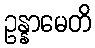
ဥန္နာမေတိ